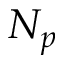
N _ { p }